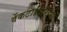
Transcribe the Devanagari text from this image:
वेंकटागिरिप्पा